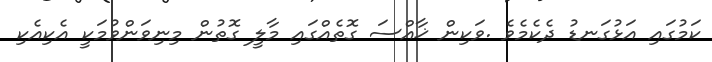
ކަމުގައި އަޅުގަނޑު ދެކެމެވެ .ވަކިން ޚާއްސަ ގޮތެއްގައި މާލީ ގޮތުން މިނިވަންވުމަކީ އެކިއެކި